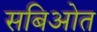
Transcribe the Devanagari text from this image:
सबिओत